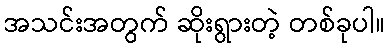
အသင်းအတွက် ဆိုးရွားတဲ့ တစ်ခုပါ။